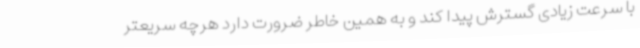
با سرعت زیادی گسترش پیدا کند و به همین خاطر ضرورت دارد هرچه سریعتر